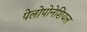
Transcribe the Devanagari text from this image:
पेलोपोनेशियल